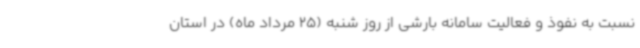
نسبت به نفوذ و فعالیت سامانه بارشی از روز شنبه (25 مرداد ماه) در استان